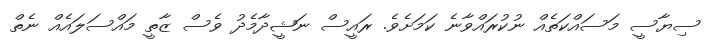
ސިޔާސީ މަސައްކަތެއް ނުކުރައްވާނެ ކަމަށެވެ. ރައީސް ނަޝީދާމެދު ވެސް ޒާތީ މައްސަލައެއް ނެތް